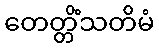
တေတ္တိံသတိမံ